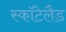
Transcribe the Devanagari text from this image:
स्कॉटेलैड